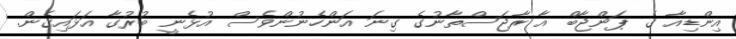
އިންޑިއާ ގެ ޕަންޖާބް އާ ރާޖަސްތާނުގެ ގިނަ އަންހެނުންވެސް އުޅެނީ ބުރުގާ އަޅައިގެން.